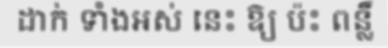
ដាក់ ទាំងអស់ នេះ ឱ្យ ប៉ះ ពន្លឺ